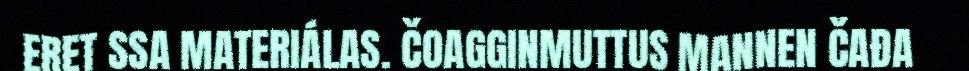
ERET SSA MATERIÁLAS. ČOAGGINMUTTUS MANNEN ČAĐA